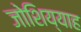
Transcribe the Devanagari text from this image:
जोशिय्याह